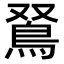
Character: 𩿏